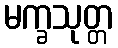
မက္ခသုတ္တ